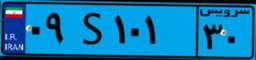
۰۹S۱۰۱۳۰